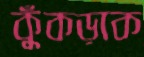
কুঁকড়াক